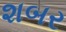
શબર